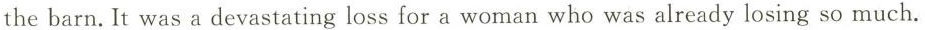
the barn.It was a devastating loss for a woman who was already losing so much.